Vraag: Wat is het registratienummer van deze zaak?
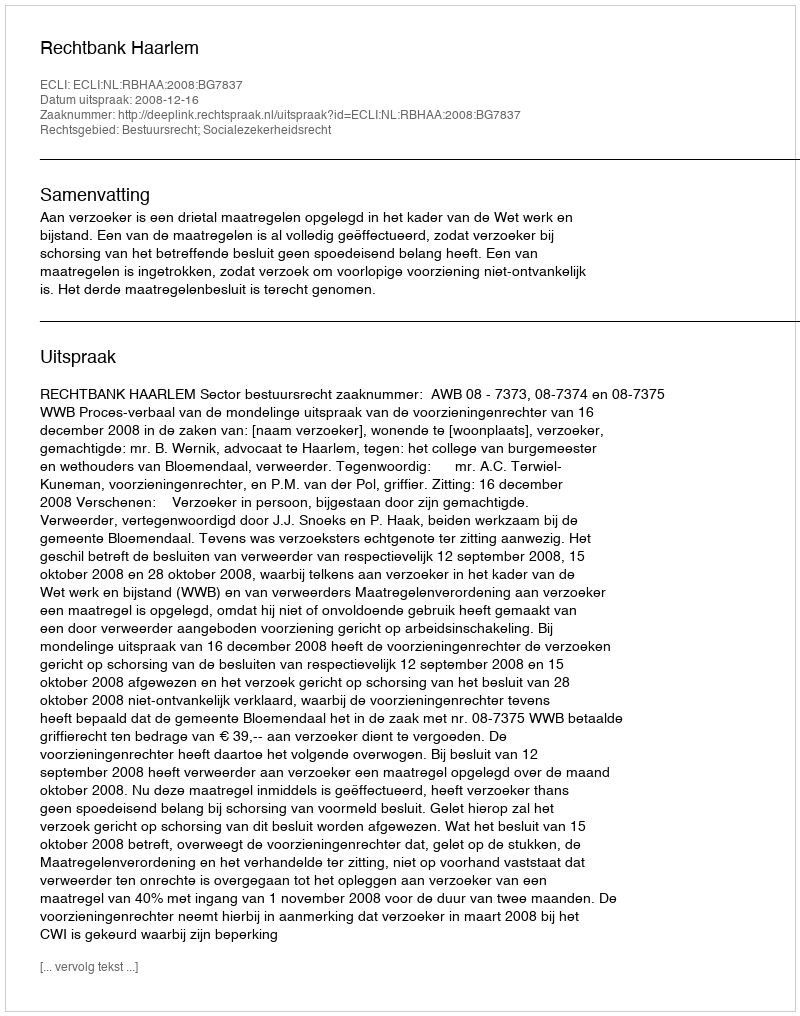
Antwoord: http://deeplink.rechtspraak.nl/uitspraak?id=ECLI:NL:RBHAA:2008:BG7837